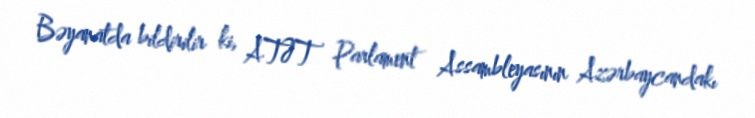
Bəyanatda bildirilir ki, ATƏT Parlament Assambleyasının Azərbaycandakı